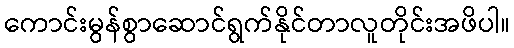
ကောင်းမွန်စွာဆောင်ရွက်နိုင်တာလူတိုင်းအဖိပါ။